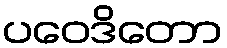
ပဝေဒိတော